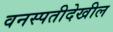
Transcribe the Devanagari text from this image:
वनस्पतीदेखील